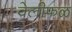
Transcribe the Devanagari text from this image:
वेलीफळ